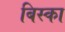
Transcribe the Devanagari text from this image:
बिस्का